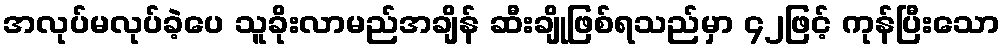
အလုပ်မလုပ်ခဲ့ပေ သူခိုးလာမည်အချိန် ဆီးချိုဖြစ်ရသည်မှာ ၄၂ဖြင့် ကုန်ပြီးသော